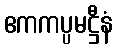
ဧကကပ္ပမဋ္ဌီနံ